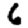
Digit: 6